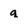
Character: q